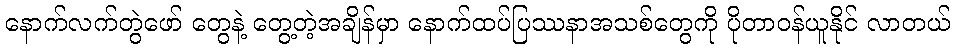
နောက်လက်တွဲဖော် တွေနဲ့ တွေ့တဲ့အချိန်မှာ နောက်ထပ်ပြဿနာအသစ်တွေကို ပိုတာဝန်ယူနိုင် လာတယ်